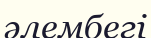
әлембегі